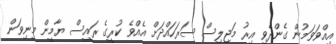
އިއްވަވަމުން ގެންދެވި އިރު މަޖިލިިސް ސަރަހައްދަށް އެއްވެ ކުރީގެ ރައީސް ޔާމީން މިނިވަން